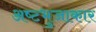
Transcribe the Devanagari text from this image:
अष्‍टभुजाकार